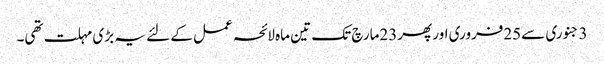
3 جنوری سے25فروری اور پھر23مارچ تک تین ماہ لائحہ عمل کے لئے یہ بڑی مہلت تھی۔